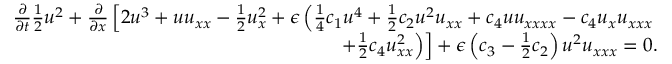
\begin{array} { r l r } & { } & { \frac { \partial } { \partial t } \frac { 1 } { 2 } u ^ { 2 } + \frac { \partial } { \partial x } \left[ 2 u ^ { 3 } + u u _ { x x } - \frac { 1 } { 2 } u _ { x } ^ { 2 } + \epsilon \left( \frac { 1 } { 4 } c _ { 1 } u ^ { 4 } + \frac { 1 } { 2 } c _ { 2 } u ^ { 2 } u _ { x x } + c _ { 4 } u u _ { x x x x } - c _ { 4 } u _ { x } u _ { x x x } \right. \right. } \\ & { } & { \left. \left. \mathrm + \frac { 1 } { 2 } c _ { 4 } u _ { x x } ^ { 2 } \right) \right] + \epsilon \left( c _ { 3 } - \frac { 1 } { 2 } c _ { 2 } \right) u ^ { 2 } u _ { x x x } = 0 . } \end{array}